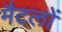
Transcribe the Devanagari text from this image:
मैटलों